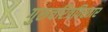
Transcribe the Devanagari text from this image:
गुरुचरित्रविस्तार